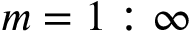
m = 1 : \infty